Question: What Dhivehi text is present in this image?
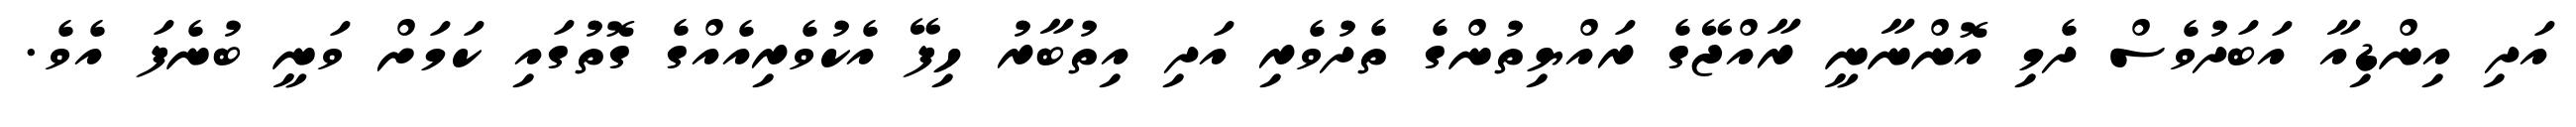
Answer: އަދި އިންޑިއާ އަބަދުވެސް ދެމި އޮންނާނީ ރާއްޖޭގެ ރައްޔިތުންގެ ތެދުވެރި އަދި އިތުބާރު ހިފޭ އެކުވެރިއެއްގެ ގޮތުގައި ކަމަށް ވަނީ ބުނެފަ އެވެ.